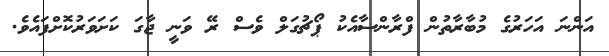
އަންނަ އަހަރުގެ މުބާރާތުން ފްރާންސާއެކު ޕޯޗުގަލް ވެސް ރޭ ވަނީ ޖާގަ ކަށަވަރުކޮށްފައެވެ.